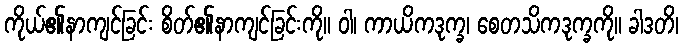
ကိုယ်၏နာကျင်ခြင်း စိတ်၏နာကျင်ခြင်းကို။ ဝါ၊ ကာယိကဒုက္ခ၊ စေတသိကဒုက္ခကို။ ခါဒတိ၊